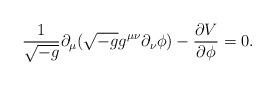
LaTeX: \begin{align*}\frac{1}{\sqrt{-g}}\partial_\mu(\sqrt{-g}g^{\mu\nu}\partial_\nu\phi)-\frac{\partial V}{\partial\phi}=0.\end{align*}